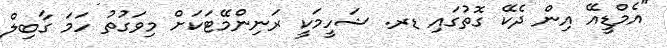
"އެމްޑީއޭ އިން ދެކޭ ގޮތުގައި ޑރ. ޝަހީމަކީ ރަނިންމޭޓަކަށް މިވަގުތު ހަމަ ގާބިލް